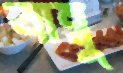
বাম্বু